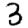
Digit: 3